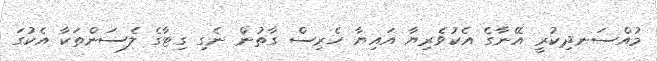
މުއްސަނދިކުރީ އޭނާގެ އެކުވެރިޔާ އައިޔާ ހެރިސް ގާތުން ނެގި ގިޓާގެ ލެސަންތަކާ އެކުގަ